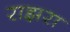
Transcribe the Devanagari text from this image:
राझरा